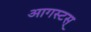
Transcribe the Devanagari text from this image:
आगस्टस्